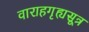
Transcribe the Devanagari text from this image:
वाराहगृह्यसूत्र